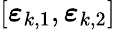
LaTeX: [\boldsymbol{\varepsilon}_{k,1},\boldsymbol{\varepsilon}_{k,2}]